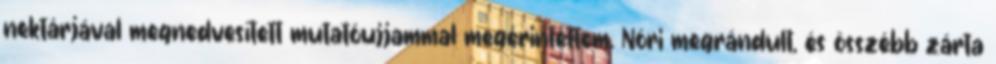
nektárjával megnedvesített mutatóujjammal megérintettem. Nóri megrándult, és összébb zárta